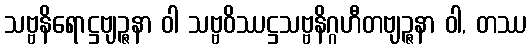
သဗ္ဗနိရောဋ္ဌဗျဉ္ဇနာ ဝါ သဗ္ဗဝိဿဋ္ဌသဗ္ဗနိဂ္ဂဟီတဗျဉ္ဇနာ ဝါ, တဿ